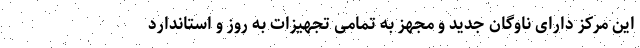
این مرکز دارای ناوگان جدید و مجهز به تمامی تجهیزات به روز و استاندارد